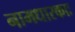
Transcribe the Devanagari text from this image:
नामधारकाः